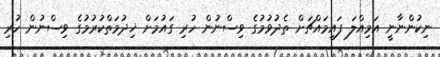
ނިކުންނާނީ އަމިއްލަ ފައިމައްޗަށް ތެދުވުމުގެ ވިސްނުން ހުރި ގައުމަށް ޚިދުމަތްކުރުމުގެ ވިސްނުން ހުރި